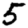
Digit: 5